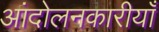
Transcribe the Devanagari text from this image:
आंदोलनकारीयाँ